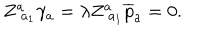
LaTeX: Z _ { \; a _ { 1 } } ^ { a } \gamma _ { a } = \lambda Z _ { \; a _ { 1 } } ^ { a } \overline { { { p } } } _ { a } = 0 .